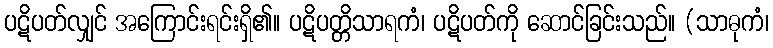
ပဋိပတ်လျှင် အကြောင်းရင်းရှိ၏။ ပဋိပတ္တိသာရကံ၊ ပဋိပတ်ကို ဆောင်ခြင်းသည်။ (သာဓုကံ၊